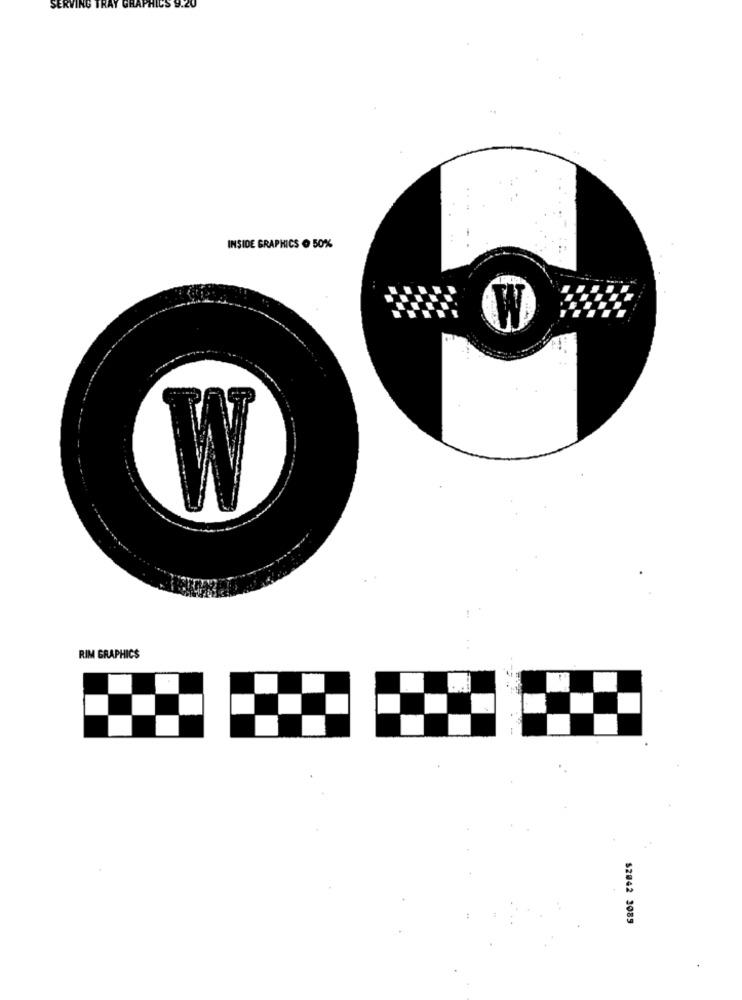
INSIDE GRAPHICS . 50%
W
RIM GRAPHICS
$2042 3085